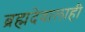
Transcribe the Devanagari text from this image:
ब्रह्मदेवालाही